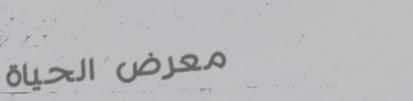
معرض الحياة